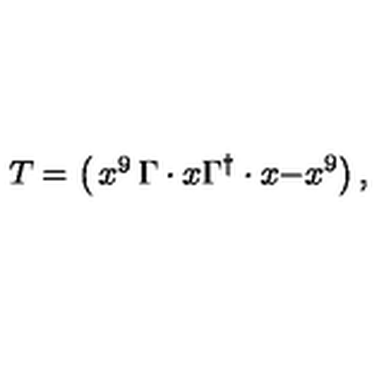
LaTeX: T = \left( \begin{matrix} { x ^ { 9 } } & { \Gamma \cdot x } \\ { \Gamma ^ { \dagger } \cdot x } & { - x ^ { 9 } } \\ \end{matrix} \right) ,